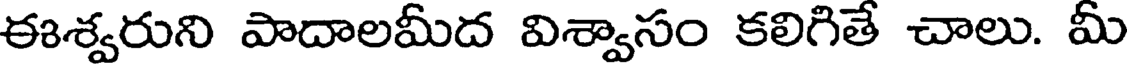
ఈశ్వరుని పాదాలమీద విశ్వాసం కలిగితే చాలు. మీ